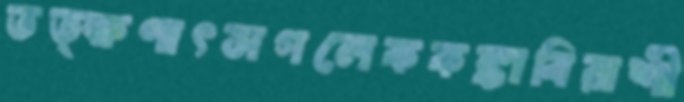
তত্ক্ষণাৎসগলেককঙ্কাবিরাশী